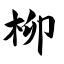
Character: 柳